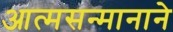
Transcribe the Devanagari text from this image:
आत्मसन्मानाने